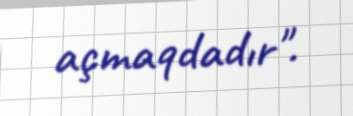
açmaqdadır".